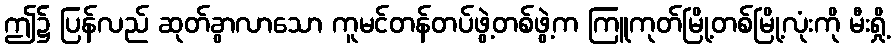
ဤ၌ ပြန်လည် ဆုတ်ခွာလာသော ကူမင်တန်တပ်ဖွဲ့တစ်ဖွဲ့က ကြူကုတ်မြို့တစ်မြို့လုံးကို မီးရှို့